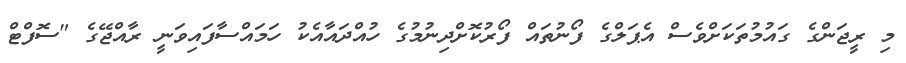
މި ރީޖަންގެ ގައުމުތަކަށްވެސް އެޕަލްގެ ފޯނުތައް ފޯރުކޮށްދިނުމުގެ ހުއްދައާއެކު ހަމައްސާފައިވަނީ ރާއްޖޭގެ "ސޮފްޓް